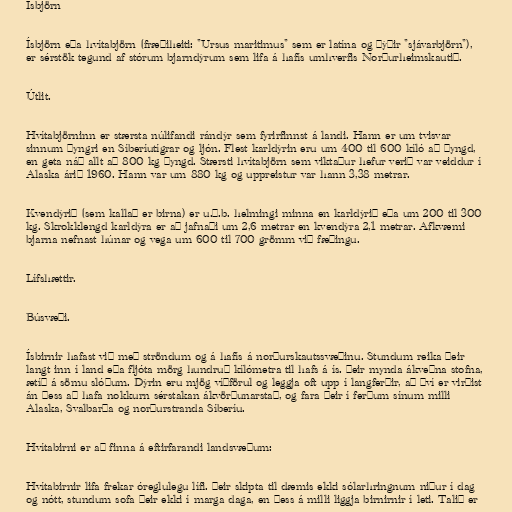
Ísbjörn

Ísbjörn eða hvítabjörn (fræðiheiti: "Ursus maritimus" sem er latína og þýðir "sjávarbjörn"),
er sérstök tegund af stórum bjarndýrum sem lifa á hafís umhverfis Norðurheimskautið.

Útlit.

Hvítabjörninn er stærsta núlifandi rándýr sem fyrirfinnst á landi. Hann er um tvisvar
sinnum þyngri en Síberíutígrar og ljón. Flest karldýrin eru um 400 til 600 kíló að þyngd,
en geta náð allt að 800 kg þyngd. Stærsti hvítabjörn sem viktaður hefur verið var veiddur í
Alaska árið 1960. Hann var um 880 kg og uppreistur var hann 3,38 metrar.

Kvendýrið (sem kallað er birna) er u.þ.b. helmingi minna en karldýrið eða um 200 til 300
kg. Skrokklengd karldýra er að jafnaði um 2,6 metrar en kvendýra 2,1 metrar. Afkvæmi
bjarna nefnast húnar og vega um 600 til 700 grömm við fæðingu.

Lífshættir.

Búsvæði.

Ísbirnir hafast við með ströndum og á hafís á norðurskautssvæðinu. Stundum reika þeir
langt inn í land eða fljóta mörg hundruð kílómetra til hafs á ís. Þeir mynda ákveðna stofna,
ætíð á sömu slóðum. Dýrin eru mjög víðförul og leggja oft upp í langferðir, að því er virðist
án þess að hafa nokkurn sérstakan ákvörðunarstað, og fara þeir í ferðum sínum milli
Alaska, Svalbarða og norðurstranda Síberíu.

Hvítabirni er að finna á eftirfarandi landsvæðum:

Hvítabirnir lifa frekar óreglulegu lífi. Þeir skipta til dæmis ekki sólarhringnum niður í dag
og nótt, stundum sofa þeir ekki í marga daga, en þess á milli liggja birnirnir í leti. Talið er